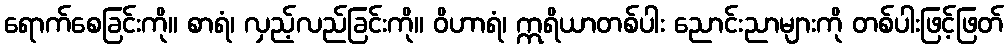
ရောက်စေခြင်းကို။ စာရံ၊ လှည့်လည်ခြင်းကို။ ဝိဟာရံ၊ ဣရိယာတစ်ပါး ညောင်းညာများကို တစ်ပါးဖြင့်ဖြတ်